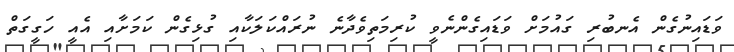
ވަޑައިނުގެން އެނބުރި ގައުމަށް ވަޑައިގެންނެވީ ކުރިމަތިވެދާނެ ނުރައްކަލަކާއި ގުޅިގެން ކަމަށާއި އެއީ ހަގީގަތް